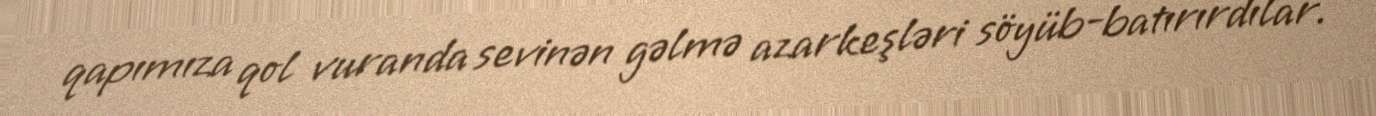
qapımıza qol vuranda sevinən gəlmə azarkeşləri söyüb-batırırdılar.